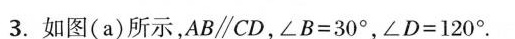
3.如图(a)所示，$$A B \parallel C D$$，$$∠ B = 3 0 °$$，$$∠ D = 1 2 0 °$$。